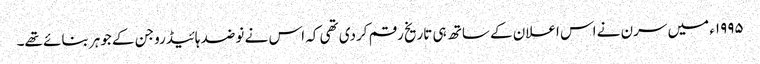
١٩٩٥ء میں سرن نے اس اعلان کے ساتھ ہی تاریخ رقم کردی تھی کہ اس نے نو ضد ہائیڈروجن کے جوہر بنائے تھے۔